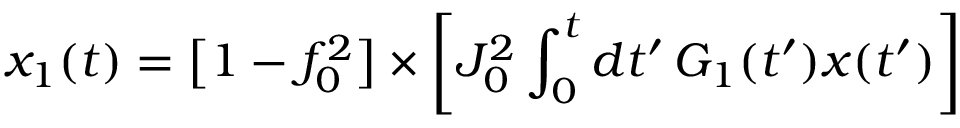
x _ { 1 } ( t ) = \big [ 1 - f _ { 0 } ^ { 2 } \big ] \times \left[ J _ { 0 } ^ { 2 } \int _ { 0 } ^ { t } d t ^ { \prime } \, G _ { 1 } ( t ^ { \prime } ) x ( t ^ { \prime } ) \right]